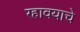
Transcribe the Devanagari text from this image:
रहावयाचे